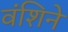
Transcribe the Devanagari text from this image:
वंशिने